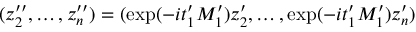
( z _ { 2 } ^ { \prime \prime } , \ldots , z _ { n } ^ { \prime \prime } ) = ( \exp ( - i t _ { 1 } ^ { \prime } M _ { 1 } ^ { \prime } ) z _ { 2 } ^ { \prime } , \ldots , \exp ( - i t _ { 1 } ^ { \prime } M _ { 1 } ^ { \prime } ) z _ { n } ^ { \prime } )